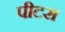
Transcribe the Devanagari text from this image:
पीटस